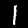
Label: 1